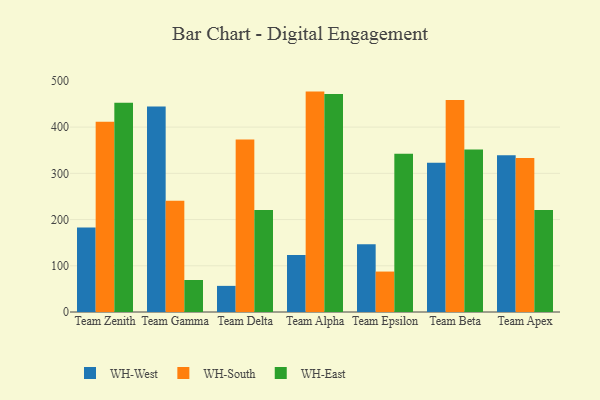
{"axis": {"x": "Team", "y": "Humidity (%)"}, "legend": ["WH-East", "WH-South", "WH-West"], "data": [{"x": "Team Zenith", "y": 183.0, "type": "WH-West"}, {"x": "Team Zenith", "y": 411.7, "type": "WH-South"}, {"x": "Team Zenith", "y": 452.6, "type": "WH-East"}, {"x": "Team Gamma", "y": 444.3, "type": "WH-West"}, {"x": "Team Gamma", "y": 240.8, "type": "WH-South"}, {"x": "Team Gamma", "y": 69.3, "type": "WH-East"}, {"x": "Team Delta", "y": 56.5, "type": "WH-West"}, {"x": "Team Delta", "y": 373.1, "type": "WH-South"}, {"x": "Team Delta", "y": 220.9, "type": "WH-East"}, {"x": "Team Alpha", "y": 123.5, "type": "WH-West"}, {"x": "Team Alpha", "y": 476.8, "type": "WH-South"}, {"x": "Team Alpha", "y": 471.4, "type": "WH-East"}, {"x": "Team Epsilon", "y": 146.7, "type": "WH-West"}, {"x": "Team Epsilon", "y": 87.5, "type": "WH-South"}, {"x": "Team Epsilon", "y": 342.4, "type": "WH-East"}, {"x": "Team Beta", "y": 322.7, "type": "WH-West"}, {"x": "Team Beta", "y": 458.7, "type": "WH-South"}, {"x": "Team Beta", "y": 351.6, "type": "WH-East"}, {"x": "Team Apex", "y": 339.3, "type": "WH-West"}, {"x": "Team Apex", "y": 333.2, "type": "WH-South"}, {"x": "Team Apex", "y": 220.9, "type": "WH-East"}]}